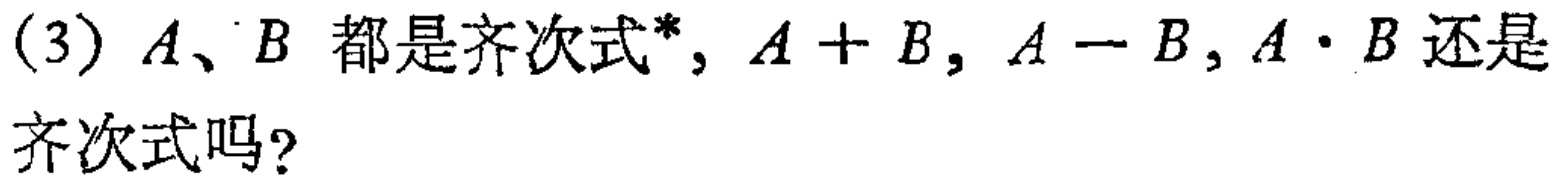
(3) \(A、B\) 都是齐次式*，\(A + B\)，\(A - B\)，\(A\cdot B\) 还是齐次式吗？